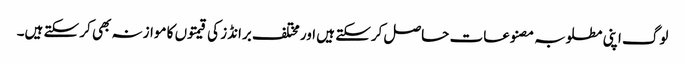
لوگ اپنی مطلوبہ مصنوعات حاصل کرسکتے ہیں اور مختلف برانڈز کی قیمتوں کا موازنہ بھی کر سکتے ہیں۔